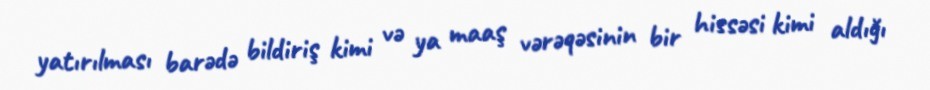
yatırılması barədə bildiriş kimi və ya maaş vərəqəsinin bir hissəsi kimi aldığı